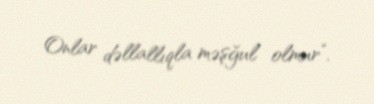
Onlar dəllallıqla məşğul olmur”.